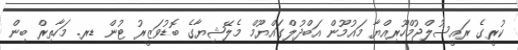
ކުރީގެ ރައީސުލްޖުމްހޫރިއްޔާ މައުމޫން އަބްދުލްގައްޔޫމް މެލޭޝިޔާގެ ބޮޑުވަޒީރު ޓުން ޑރ. މަހާތިރް ބިން